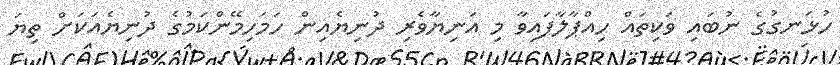
ހުޅަނގުގެ ނުބައި ވަކިތައް ހިއްޕާލާފައިވާ މި އަނިޔާވެރި ދުނިޔެއިން ހަމަހިމޭންކަމުގެ ދުނިޔެއަކަށް ތިޔަ